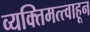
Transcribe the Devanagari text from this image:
व्यक्तिमत्त्वाहून